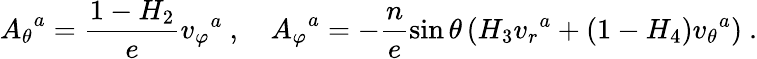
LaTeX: {A_{\theta}}^{a}=\frac{1-H_{2}}{e}{v_{\varphi}}^{a}\ ,\ \ \ \ {A_{\varphi}}^{a}=-\frac{n}{e}\sin\theta\left(H_{3}{v_{r}}^{a}+(1-H_{4}){v_{\theta}}^{a}\right)\ .